画像に写った文字を読んでください
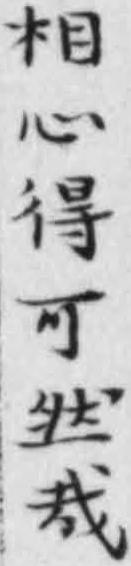
「相心得可然哉」と書いてあります